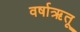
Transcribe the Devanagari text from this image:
वर्षाऋतू